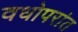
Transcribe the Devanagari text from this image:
वधोपरांत